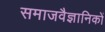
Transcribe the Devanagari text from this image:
समाजवैज्ञानिकों